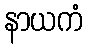
နာယကံ